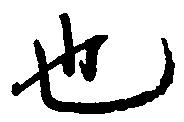
也